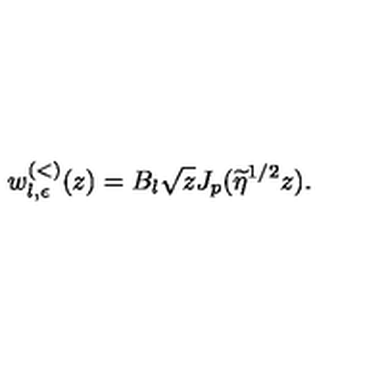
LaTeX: w _ { l , \epsilon } ^ { ( < ) } ( z ) = B _ { l } \sqrt { z } J _ { p } ( \widetilde { \eta } ^ { 1 / 2 } z ) .